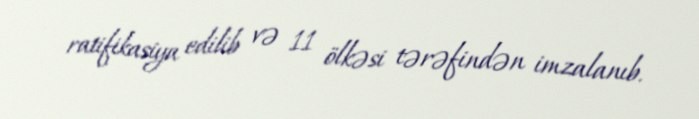
ratifikasiya edilib və 11 ölkəsi tərəfindən imzalanıb.